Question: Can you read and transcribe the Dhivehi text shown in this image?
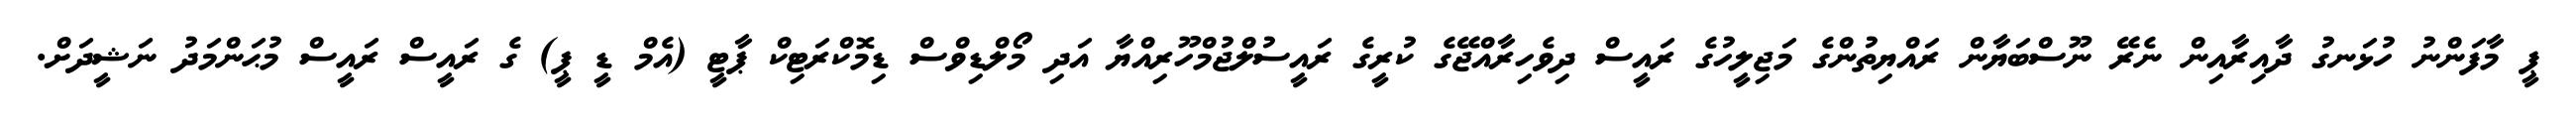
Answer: ޕީ މާފަންނު ހުޅަނގު ދާއިރާއިން ނެރޭ ނޫސްބަޔާން ރައްޔިތުންގެ މަޖިލީހުގެ ރައީސް ދިވެހިރާއްޖޭގެ ކުރީގެ ރައީސުލްޖުމްހޫރިއްޔާ އަދި މޯލްޑިވްސް ޑިމޮކްރަޓިކް ޕާޓީ (އެމް ޑީ ޕީ) ގެ ރައީސް ރައީސް މުޙަންމަދު ނަޝީދަށް.